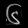
Digit: ၆